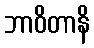
ဘာဝိတာနိ